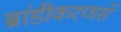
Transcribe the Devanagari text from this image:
ब्रांडीकरणसे